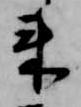
来